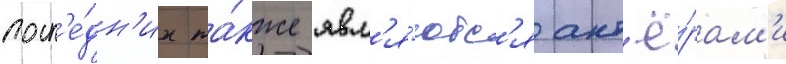
посл'е́дн'их та́кже явл'я́ютс'я акт'ё́рам'и